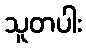
သူတပါး